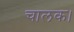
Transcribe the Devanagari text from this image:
चालक।